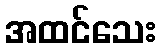
အထင်သေး